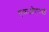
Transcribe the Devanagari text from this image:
एफ़ओएनसी